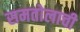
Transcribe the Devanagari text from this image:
समतोलाची